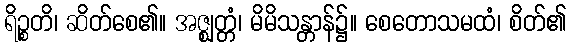
ရိဉ္စတိ၊ ဆိတ်စေ၏။ အဇ္ဈတ္တံ၊ မိမိသန္တာန်၌။ စေတောသမထံ၊ စိတ်၏